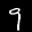
Label: 9